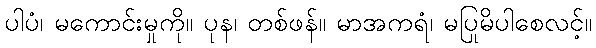
ပါပံ၊ မကောင်းမှုကို။ ပုန၊ တစ်ဖန်။ မာအကရံ၊ မပြုမိပါစေလင့်။